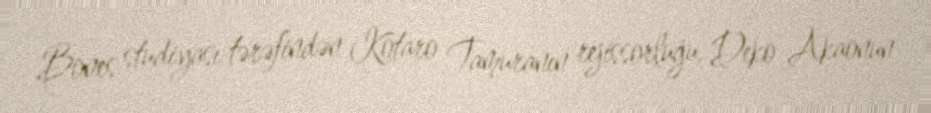
Bones studiyası tərəfindən Kotaro Tamuranın rejissorluğu, Deko Akaonun